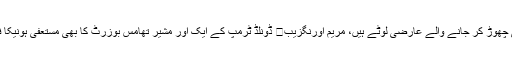
پارٹی چھوڑ کر جانے والے عارضی لوٹے ہیں، مریم اورنگزیب	 ڈونلڈ ٹرمپ کے ایک اور مشیر تھامس بوزرٹ کا بھی مستعفی ہونیکا فیصلہ